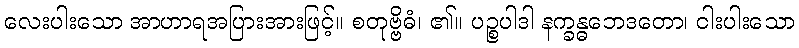
လေးပါးသော အာဟာရအပြားအားဖြင့်။ စတုဗ္ဗိဓံ၊ ၏။ ပဉ္စပါဒါ နက္ခန္ဓဘေဒတော၊ ငါးပါးသော